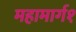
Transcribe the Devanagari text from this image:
महामार्ग१